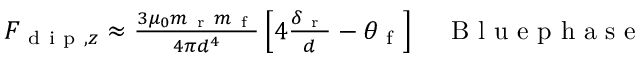
\begin{array} { r } { F _ { \mathrm { ~ d ~ i ~ p ~ } , z } \approx \frac { 3 \mu _ { 0 } m _ { \mathrm { ~ r ~ } } m _ { \mathrm { ~ f ~ } } } { 4 \pi d ^ { 4 } } \left[ 4 \frac { \delta _ { \mathrm { ~ r ~ } } } { d } - \theta _ { \mathrm { ~ f ~ } } \right] \quad \mathrm { ~ B ~ l ~ u ~ e ~ p ~ h ~ a ~ s ~ e ~ } } \end{array}